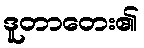
ဒူတာတေး၏